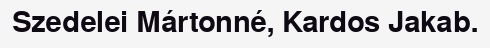
Szedelei Mártonné, Kardos Jakab.